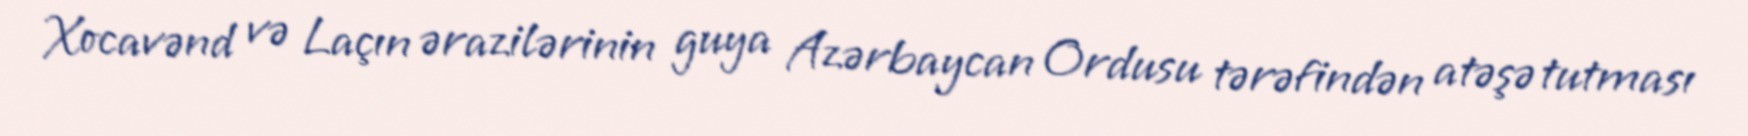
Xocavənd və Laçın ərazilərinin guya Azərbaycan Ordusu tərəfindən atəşə tutması